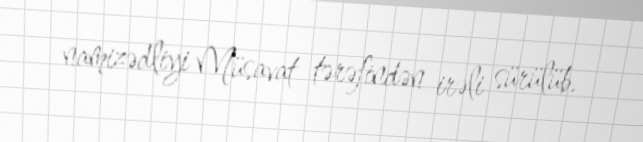
namizədliyi Müsavat tərəfindən irəli sürülüb.